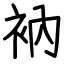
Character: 衲